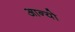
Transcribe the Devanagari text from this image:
आन्‍यो